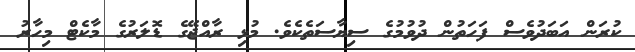
ކުރަން އަބަދުވެސް ފަހަތުން ދުވުމުގެ ސިޔާސަތެކެވެ. މުޅި ރާއްޖޭގެ ޑޮލަރުގެ މާކެޓް މިހާރު